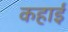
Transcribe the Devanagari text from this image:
कहाई